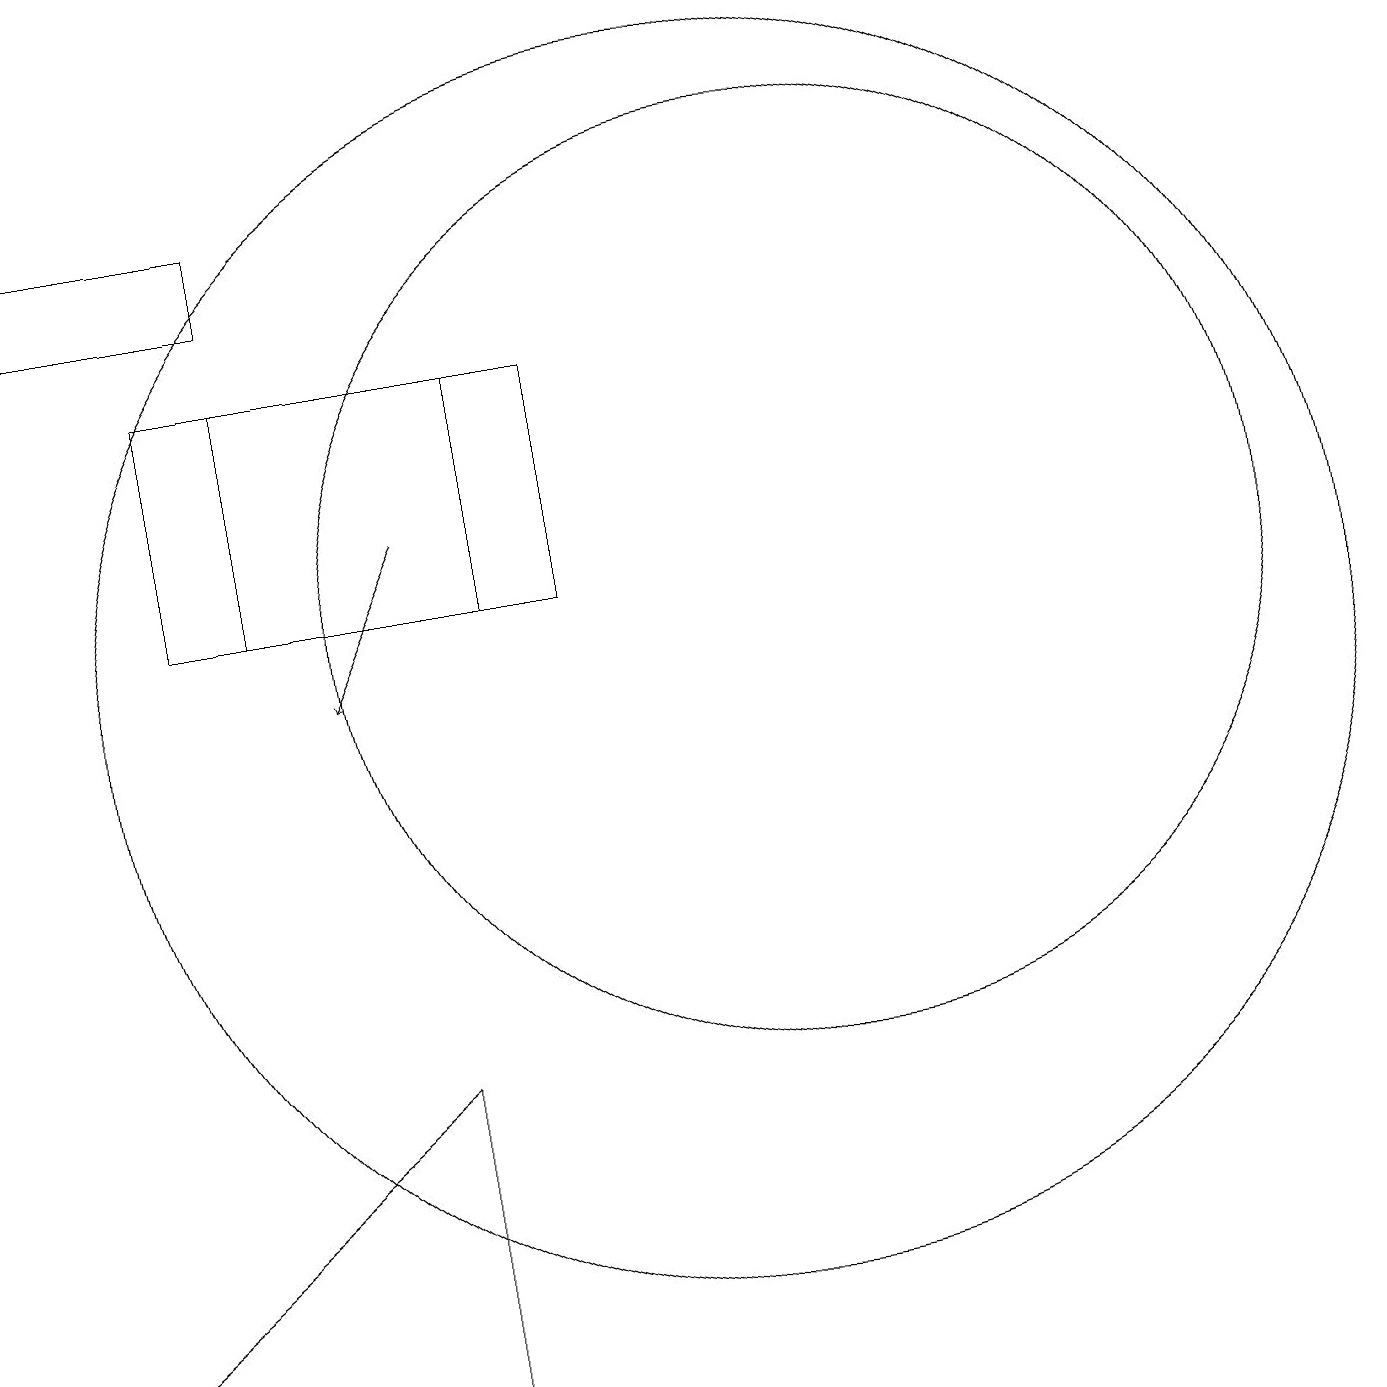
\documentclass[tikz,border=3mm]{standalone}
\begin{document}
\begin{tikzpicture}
\draw (11,12) circle (6);
\draw (4,12) rectangle (8,15);
\draw (1,2) -- (6,2) -- (6,6) -- cycle;
\draw (1,16) rectangle (4,17);
\draw[->] (6,13) -- (5,11);
\draw (7,15) rectangle (3,12);
\draw (10,11) circle (8);
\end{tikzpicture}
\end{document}